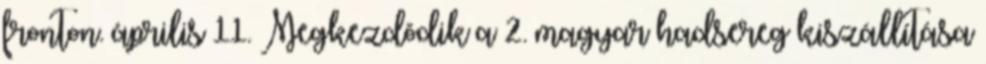
fronton. április 11. Megkezdõdik a 2. magyar hadsereg kiszállítása